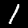
Label: 1